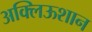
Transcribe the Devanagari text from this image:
अक्लिऊशान